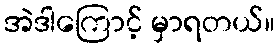
အဲဒါကြောင့် မှာရတယ်။